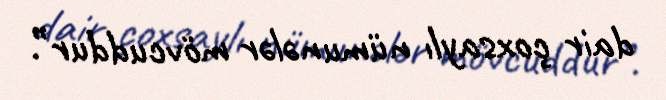
dair çoxsaylı nümunələr mövcuddur”.